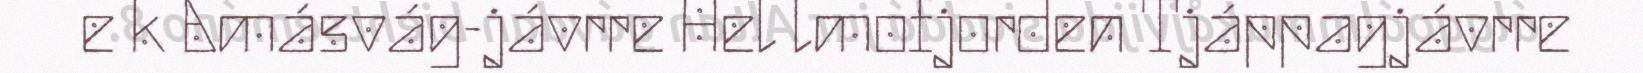
e k Amásvág-jávrre Hel lmofjorden Tjáppagjávrre